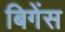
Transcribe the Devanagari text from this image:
बिगेंस